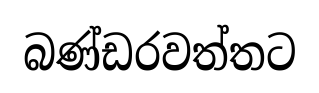
බණ්ඩරවත්තට